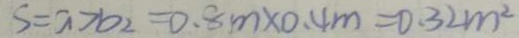
S = a > b _ { 2 } = 0 . 8 m \times 0 . 4 m = 0 . 3 2 m ^ { 2 }